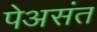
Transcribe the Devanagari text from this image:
पेअसंत